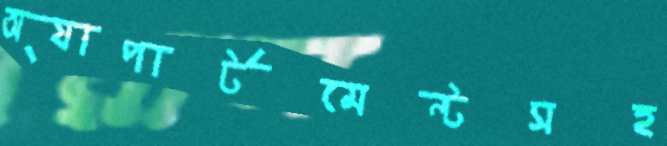
অ্যাপার্টমেন্টসহ